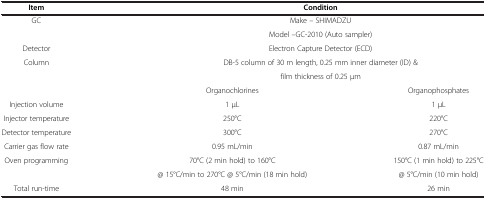
| Item | <COLSPAN=2> Condition |
 | --- | --- | --- |
 | GC | <COLSPAN=2> Make – SHIMADZU |
 |  | <COLSPAN=2> Model –GC-2010 (Auto sampler) |
 | Detector | <COLSPAN=2> Electron Capture Detector (ECD) |
 | Column | <COLSPAN=2> DB-5 column of 30 m length, 0.25 mm inner diameter (ID) & |
 |  | <COLSPAN=2> film thickness of 0.25 μm |
 |  | Organochlorines | Organophosphates |
 | Injection volume | 1 μL | 1 μL |
 | Injector temperature | 250°C | 220°C |
 | Detector temperature | 300°C | 270°C |
 | Carrier gas flow rate | 0.95 mL/min | 0.87 mL/min |
 | <ROWSPAN=2> Oven programming | 70°C (2 min hold) to 160°C | 150°C (1 min hold) to 225°C |
 | @ 15°C/min to 270°C @ 5°C/min (18 min hold) | @ 5°C/min (10 min hold) |
 | Total run-time | 48 min | 26 min |